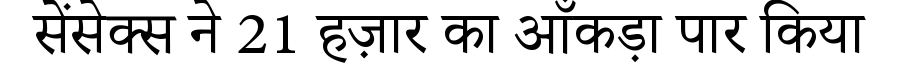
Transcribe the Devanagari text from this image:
सेंसेक्स ने 21 हज़ार का आँकड़ा पार किया